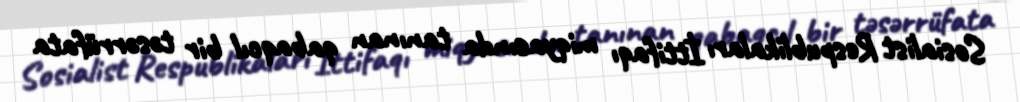
Sosialist Respublikaları İttifaqı miqyasında tanınan qabaqcıl bir təsərrüfata